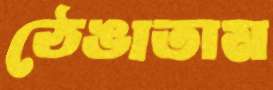
ঠেঙাতাম